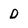
Character: D